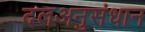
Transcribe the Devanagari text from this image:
दलअनुसंधान